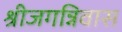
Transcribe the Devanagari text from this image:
श्रीजगन्निवास